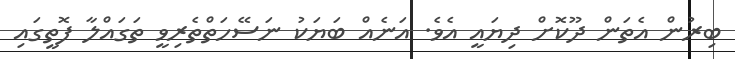
ބިރުން އެތަން ދޫކޮށް ދިޔައީ އެވެ. އަނެއް ބަޔަކު ނަސޭހަތްތެރިވީ ތަގައްލާ ފޮތީގައި